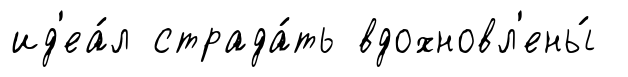
ид'еа́л страда́ть вдохновл'ены́